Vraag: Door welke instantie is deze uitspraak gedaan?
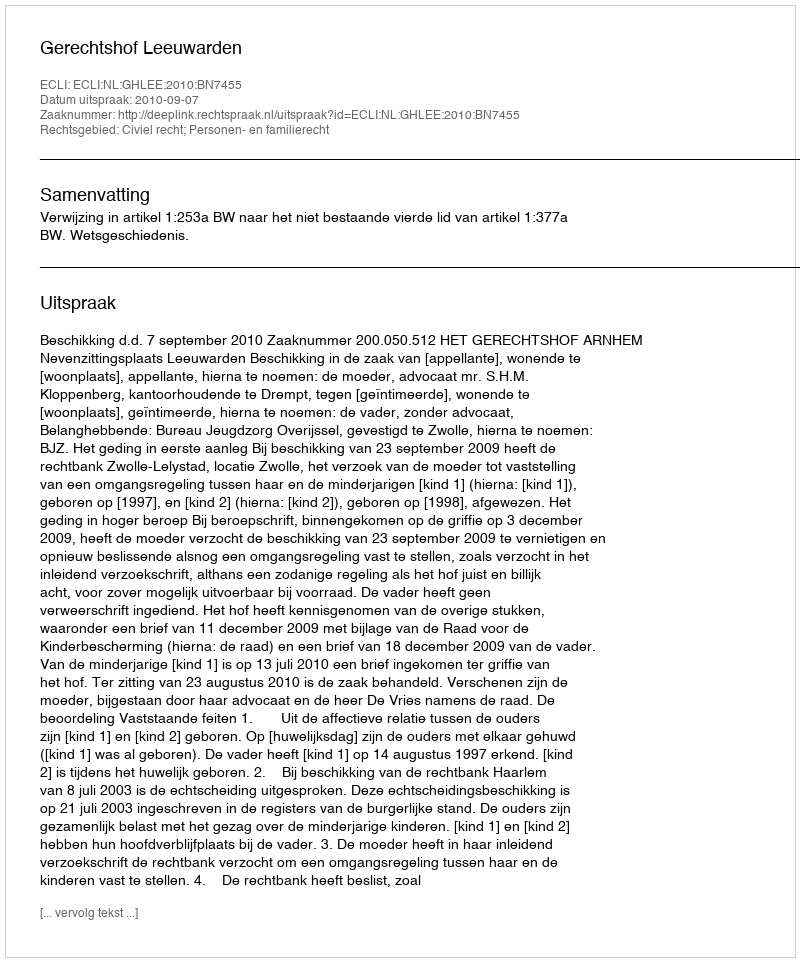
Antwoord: Gerechtshof Leeuwarden